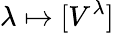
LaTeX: \lambda\mapsto[V^{\lambda}]